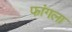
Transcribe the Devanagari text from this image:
फांगला